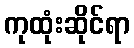
ကုထုံးဆိုင်ရာ